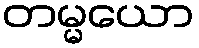
တမ္မယော